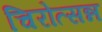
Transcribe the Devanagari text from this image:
चिरोत्सन्न